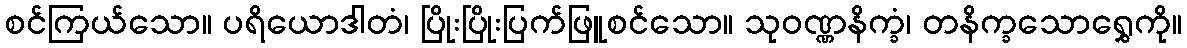
စင်ကြယ်သော။ ပရိယောဒါတံ၊ ပြိုးပြိုးပြက်ဖြူစင်သော။ သုဝဏ္ဏနိက္ခံ၊ တနိက္ခသောရွှေကို။